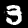
Digit: 3